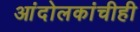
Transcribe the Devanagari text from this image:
आंदोलकांचीही